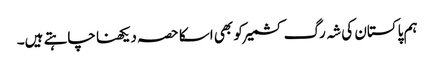
ہم پاکستان کی شہ رگ کشمیر کو بھی اسکا حصہ دیکھنا چاہتے ہیں۔